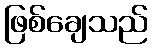
ဖြစ်ချေသည်